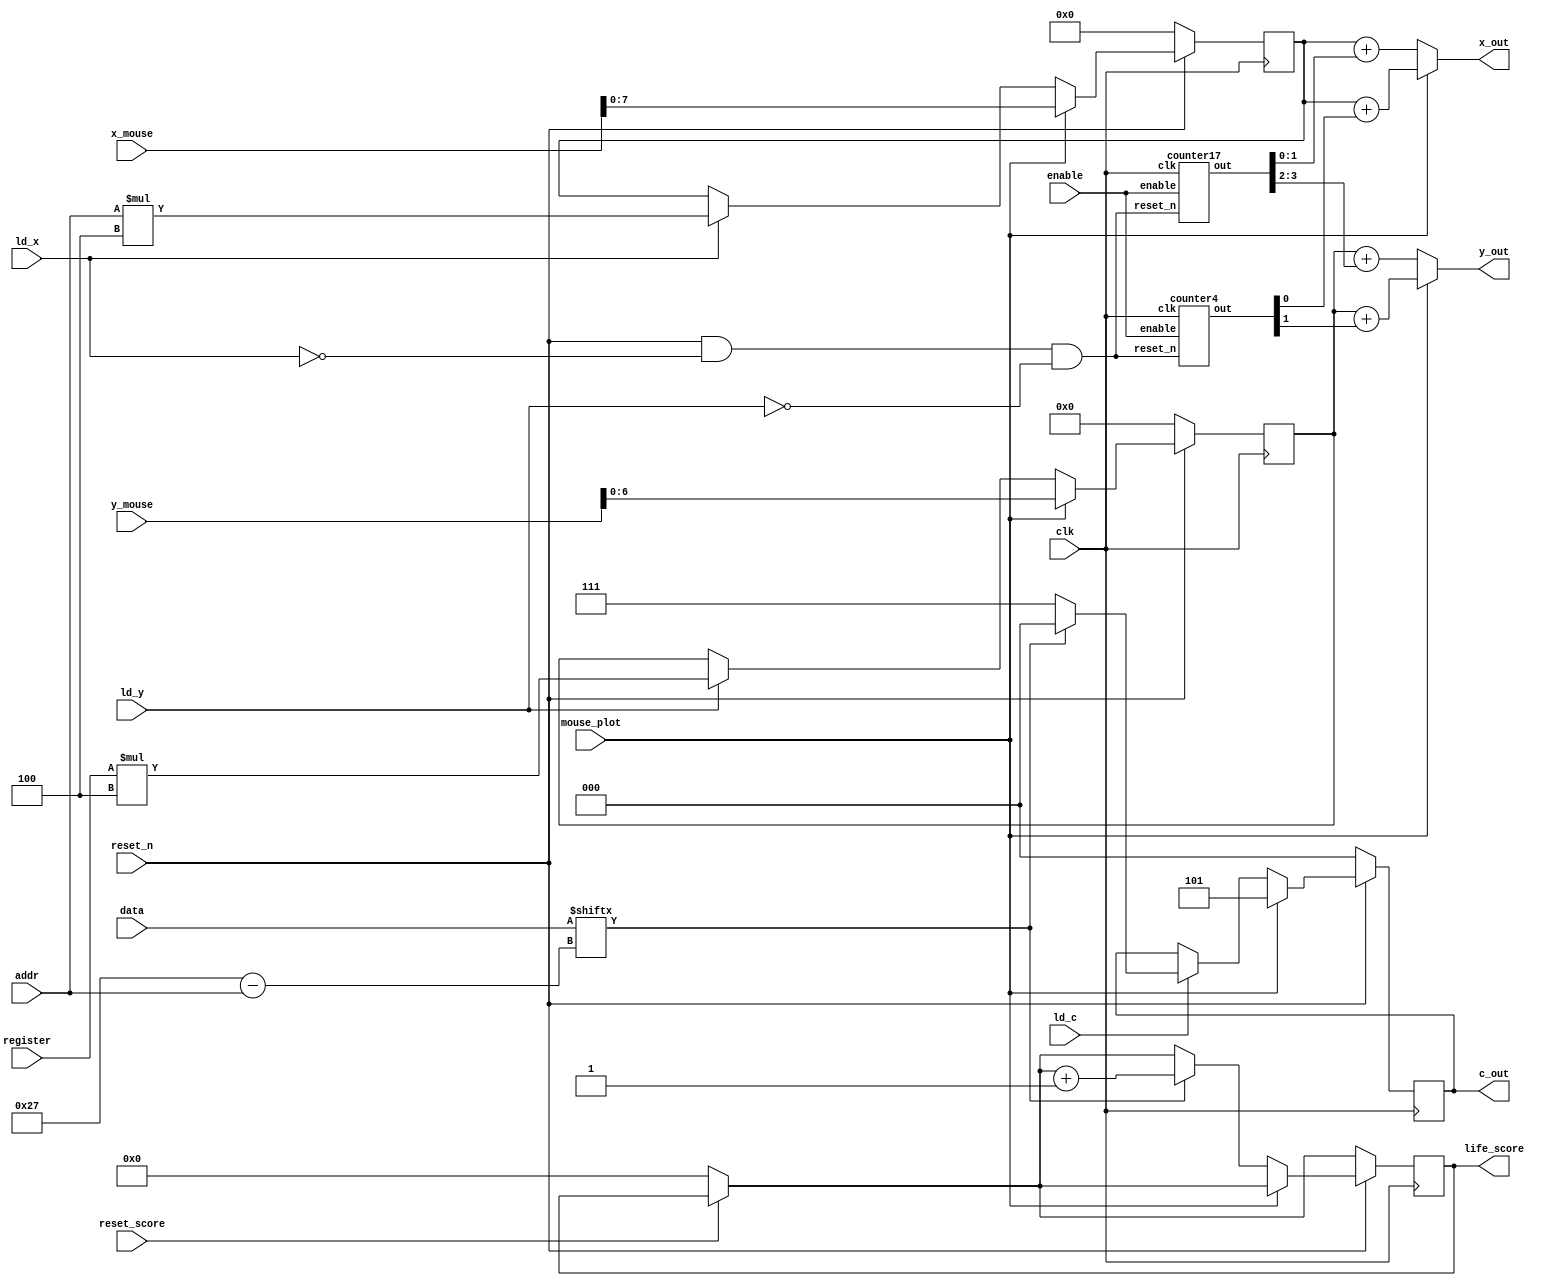
 module datapath(
    input clk, enable, reset_n,ld_x, ld_y, ld_c, reset_score, mouse_plot,
    input [4:0] register,
    input [5:0] addr,
    input [39:0] data,
    input [9:0] x_mouse, y_mouse,
    output [7:0] x_out,
    output [6:0] y_out,
    output [2:0] c_out,
    output [11:0] life_score
    );
    reg [7:0] x;
    reg [6:0] y;
    reg [2:0] c;
    reg [11:0] life;
    wire [4:0] count; 
    wire [3:0] out;
    wire [2:0] count4;
    wire reset_c;
    wire reset_s;

    localparam  S_LOAD      = 4'd0,
                S_WRITE     = 4'd1;
    reg current_state, next_state;

    always @ (posedge clk) begin
        if (!reset_score) begin
            life = {12{1'b0}};
        end
        if (!reset_n) begin
            x <= 8'd0;
            y <= 7'd0;
            c <= 3'd0; 
        end
        else if (!mouse_plot) begin 
            if(ld_x)
                x <= addr * 4;
                life <= (data[39 - addr] == 1) ? life + 1 : life;
            if(ld_y)
                y <= register * 4;
            if(ld_c)
                c <= (data[39 - addr] == 0) ? 111 : 000;
         end
         else begin // printing mouse
             c <= 3'b101;
             x <= x_mouse;
             y <= y_mouse;
         end         
    end
    /*
    always@(posedge clk)
    begin: state_table 
            case (current_state)
                S_LOAD: next_state = ld_x ? S_WRITE : S_LOAD;
                S_WRITE: next_state = ld_x ? S_LOAD : S_WRITE;

            default:     next_state = S_LOAD;
        endcase
    end // state_table

    // current_state registers
    always@(posedge clk)
    begin: state_FFs
        if(!reset_n)
            current_state <= S_LOAD;
        else begin
            if(current_state == S_WRITE)
                begin if (count == {4{1'b1}})
                    current_state <= next_state;
                end
            else
                current_state <= next_state;
        end
    end // state_FFS
    */
    
    assign out = count; // (count != 0) ? count - 1: count;
    assign reset_c = reset_n & !ld_x & !ld_y;
    counter17 c0(
        .out(count),
        .enable(enable),
        .reset_n(reset_c),
        .clk(clk)
        );
        
    counter4 c1(
        .out(count4),
        .enable(enable),
        .reset_n(reset_c),
        .clk(clk)
        );
    
    
    assign x_out = !mouse_plot ? x + out[1:0] : x + count4[0];
    assign y_out = !mouse_plot ? y + out[3:2] : y + count4[1];
    assign c_out = c;
    assign life_score = life;

endmodule

module counter4(out, enable, reset_n, clk);
    input enable, reset_n, clk;
    output reg [2:0] out;

    always @(posedge clk)
    begin
        if (!reset_n)
            out <= 3'b000;
        else if (enable == 1'b1)
            begin
                if (out == 3'b100)
                    out <= 3'b000;
                else
                    out <= out + 1'b1;
            end
    end 
endmodule

module counter17(out, enable, reset_n, clk);
    input enable, reset_n, clk;
    output reg [4:0] out;

    always @(posedge clk)
    begin
        if (!reset_n)
            out <= {5{1'b0}};
        else if (enable == 1'b1)
            begin
                if (out == 5'b10000)
                    out <= {5{1'b0}};
                else
                    out <= out + 1'b1;
            end
    end 
endmodule